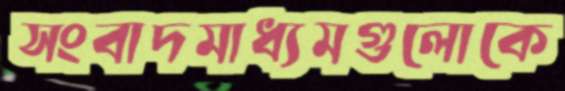
সংবাদমাধ্যমগুলোকে